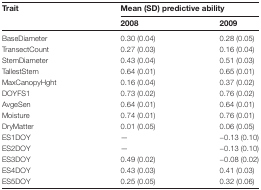
| Trait | <COLSPAN=2> Mean (SD) predictive ability |
 |  | 2008 | 2009 |
 | --- | --- | --- |
 | BaseDiameter | 0.30 (0.04) | 0.28 (0.05) |
 | TransectCount | 0.27 (0.03) | 0.16 (0.04) |
 | StemDiameter | 0.43 (0.04) | 0.51 (0.03) |
 | TallestStem | 0.64 (0.01) | 0.65 (0.01) |
 | MaxCanopyHght | 0.16 (0.04) | 0.37 (0.02) |
 | DOYFS1 | 0.73 (0.02) | 0.76 (0.02) |
 | AvgeSen | 0.64 (0.01) | 0.64 (0.01) |
 | Moisture | 0.74 (0.01) | 0.76 (0.01) |
 | DryMatter | 0.01 (0.05) | 0.06 (0.05) |
 | ES1DOY | — | −0.13 (0.10) |
 | ES2DOY | — | −0.13 (0.10) |
 | ES3DOY | 0.49 (0.02) | −0.08 (0.02) |
 | ES4DOY | 0.43 (0.03) | 0.41 (0.03) |
 | ES5DOY | 0.25 (0.05) | 0.32 (0.06) |